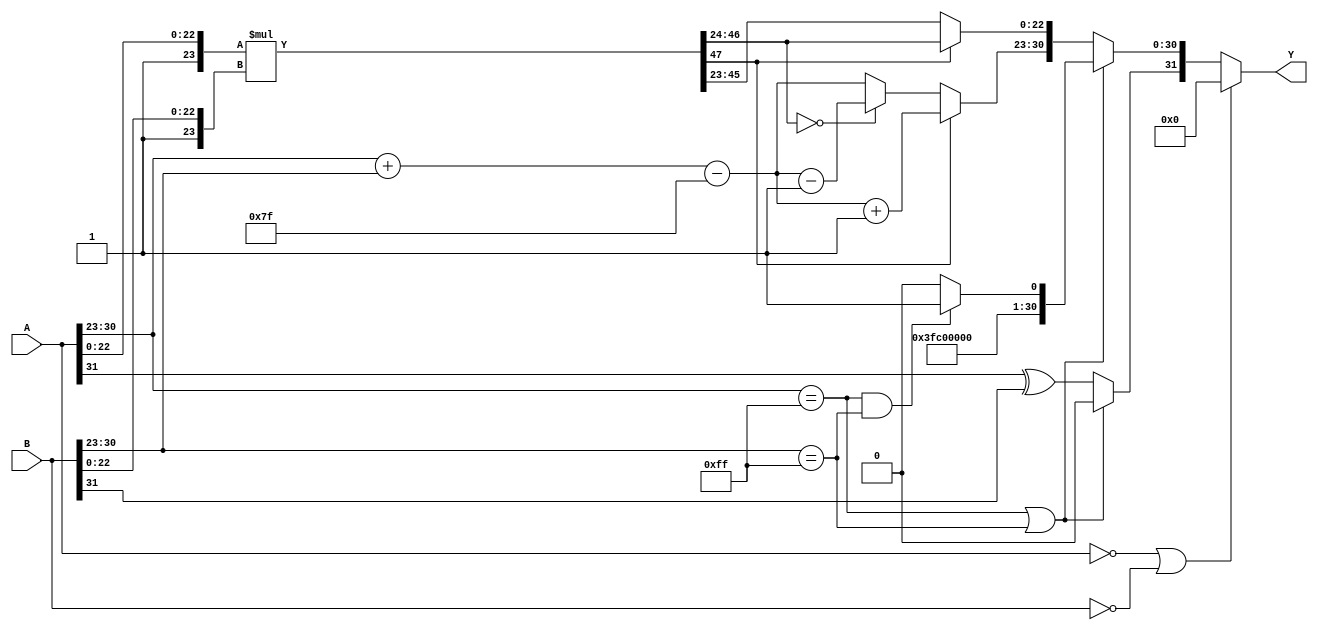
module radix2_fp_multiplier (
    input [31:0] A,      // Input floating-point A
    input [31:0] B,      // Input floating-point B
    output reg [31:0] Y  // Output floating-point result
);

    // Constants
    parameter BIAS = 8'd127;

    // Internal signals
    wire sign_A = A[31];
    wire sign_B = B[31];
    wire [7:0] exp_A = A[30:23];
    wire [7:0] exp_B = B[30:23];
    wire [22:0] mant_A = A[22:0];
    wire [22:0] mant_B = B[22:0];
    
    wire [23:0] mant_A_full = {1'b1, mant_A}; // Implicit leading 1
    wire [23:0] mant_B_full = {1'b1, mant_B}; // Implicit leading 1

    wire [47:0] mant_result; // 24 + 24 = 48 bits for mantissa multiplication
    wire [7:0] exp_result;
    wire sign_result;

    // Step 2: Sign Calculation
    assign sign_result = sign_A ^ sign_B;

    // Step 3: Exponent Calculation
    assign exp_result = exp_A + exp_B - BIAS;

    // Step 4: Mantissa Calculation
    assign mant_result = mant_A_full * mant_B_full;

    // Step 5: Normalization
    always @* begin
        // Default values
        Y = 32'b0;
        
        // Check for zeros
        if (A == 32'b0 || B == 32'b0) begin
            Y = 32'b0; // Result is zero
        end else if (A[30:23] == 8'hFF || B[30:23] == 8'hFF) begin // Check for infinity
            if (A[30:23] == 8'hFF && B[30:23] == 8'hFF) begin
                Y[30:23] = 8'hFF; // NaN case
                Y[22:0] = 23'b1; // Set as NaN
            end else begin
                Y[30:23] = 8'hFF; // Infinity case
                Y[22:0] = 23'b0;  // Set mantissa to 0
            end
        end else begin
            // Normalization of mantissa
            if (mant_result[47]) begin // Check if the mantissa is greater than 1
                // Shift right if necessary
                Y[30:23] = exp_result + 1'b1; // Increment exponent
                Y[22:0] = mant_result[46:24]; // Store normalized mantissa
            end else begin
                // Check if we need to shift it left
                if (mant_result[46:24] == 0) begin
                    // If mantissa is less than 1, shift left
                    Y[30:23] = exp_result - 1'b1; // Decrement exponent
                    Y[22:0] = mant_result[45:23]; // Store normalized mantissa
                end else begin
                    Y[30:23] = exp_result; // No change in exponent
                    Y[22:0] = mant_result[45:23]; // Store normalized mantissa
                end
            end
            
            // Set the sign bit
            Y[31] = sign_result;
        end
    end

endmodule